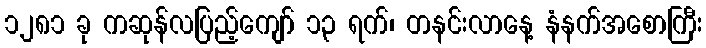
၁၂၈၁ ခု ကဆုန်လပြည့်ကျော် ၁၃ ရက်၊ တနင်းလာနေ့ နံနက်အစောကြီး